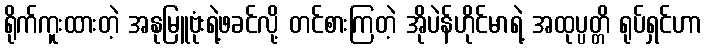
ရိုက်ကူးထားတဲ့ အနုမြူဗုံးရဲ့ဖခင်လို့ တင်စားကြတဲ့ အိုပဲန်ဟိုင်မာရဲ့ အထုပ္ပတ္တိ ရုပ်ရှင်ဟာ